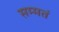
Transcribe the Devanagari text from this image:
सम्मतं